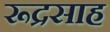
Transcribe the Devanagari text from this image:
रूद्रसाह